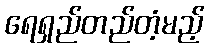
ရေရှည်တည်တံ့မည့်